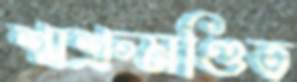
শ্মশ্রুমণ্ডিত